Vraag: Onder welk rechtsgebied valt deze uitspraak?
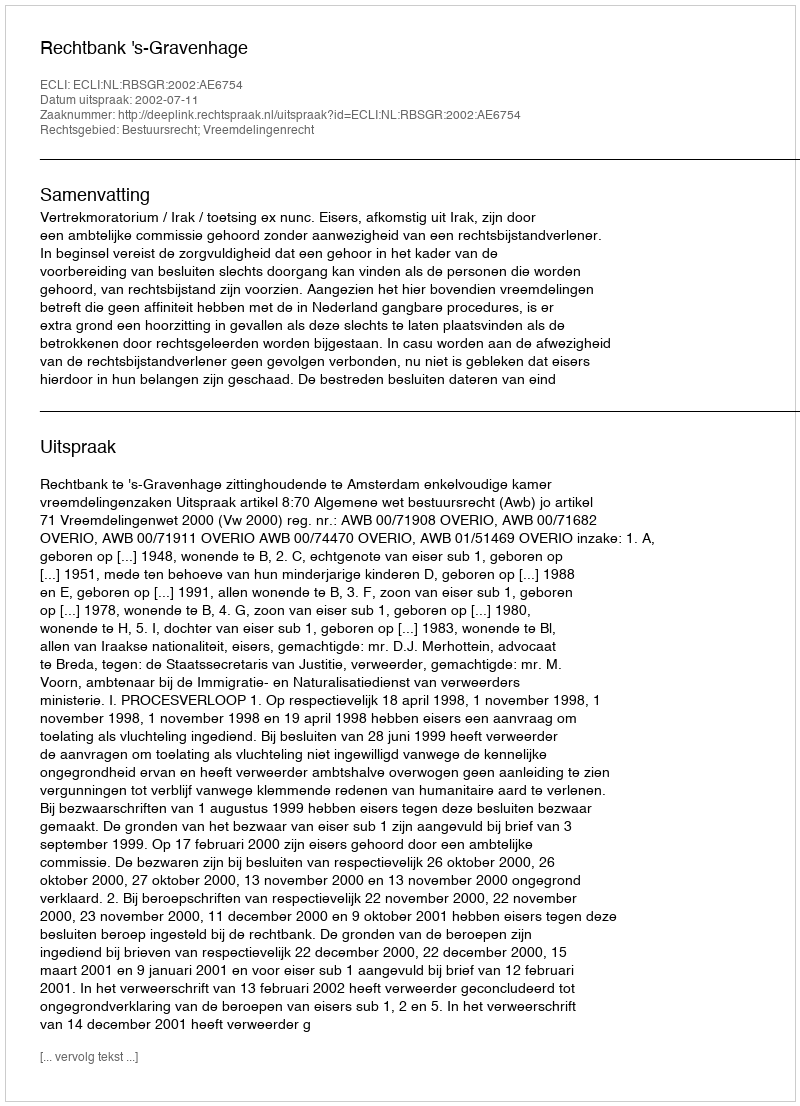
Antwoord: Bestuursrecht; Vreemdelingenrecht